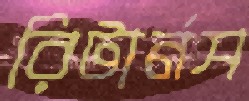
রিটার্নস